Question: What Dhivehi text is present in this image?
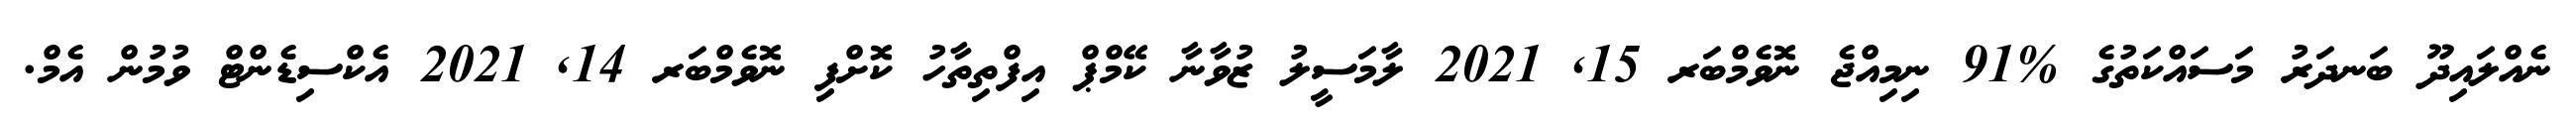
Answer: ނެއްލައިދޫ ބަނދަރު މަސައްކަތުގެ %91 ނިމިއްޖެ ނޮވެމްބަރ 15, 2021 ލާމަސީލު ޒުވާނާ ކޭމްޕް އިފްތިތާހު ކޮށްފި ނޮވެމްބަރ 14, 2021 އެކްސިޑެންޓް ވުމުން އެމް.